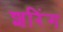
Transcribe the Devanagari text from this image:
शरिंग